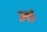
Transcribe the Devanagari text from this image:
ज्ज्ये।